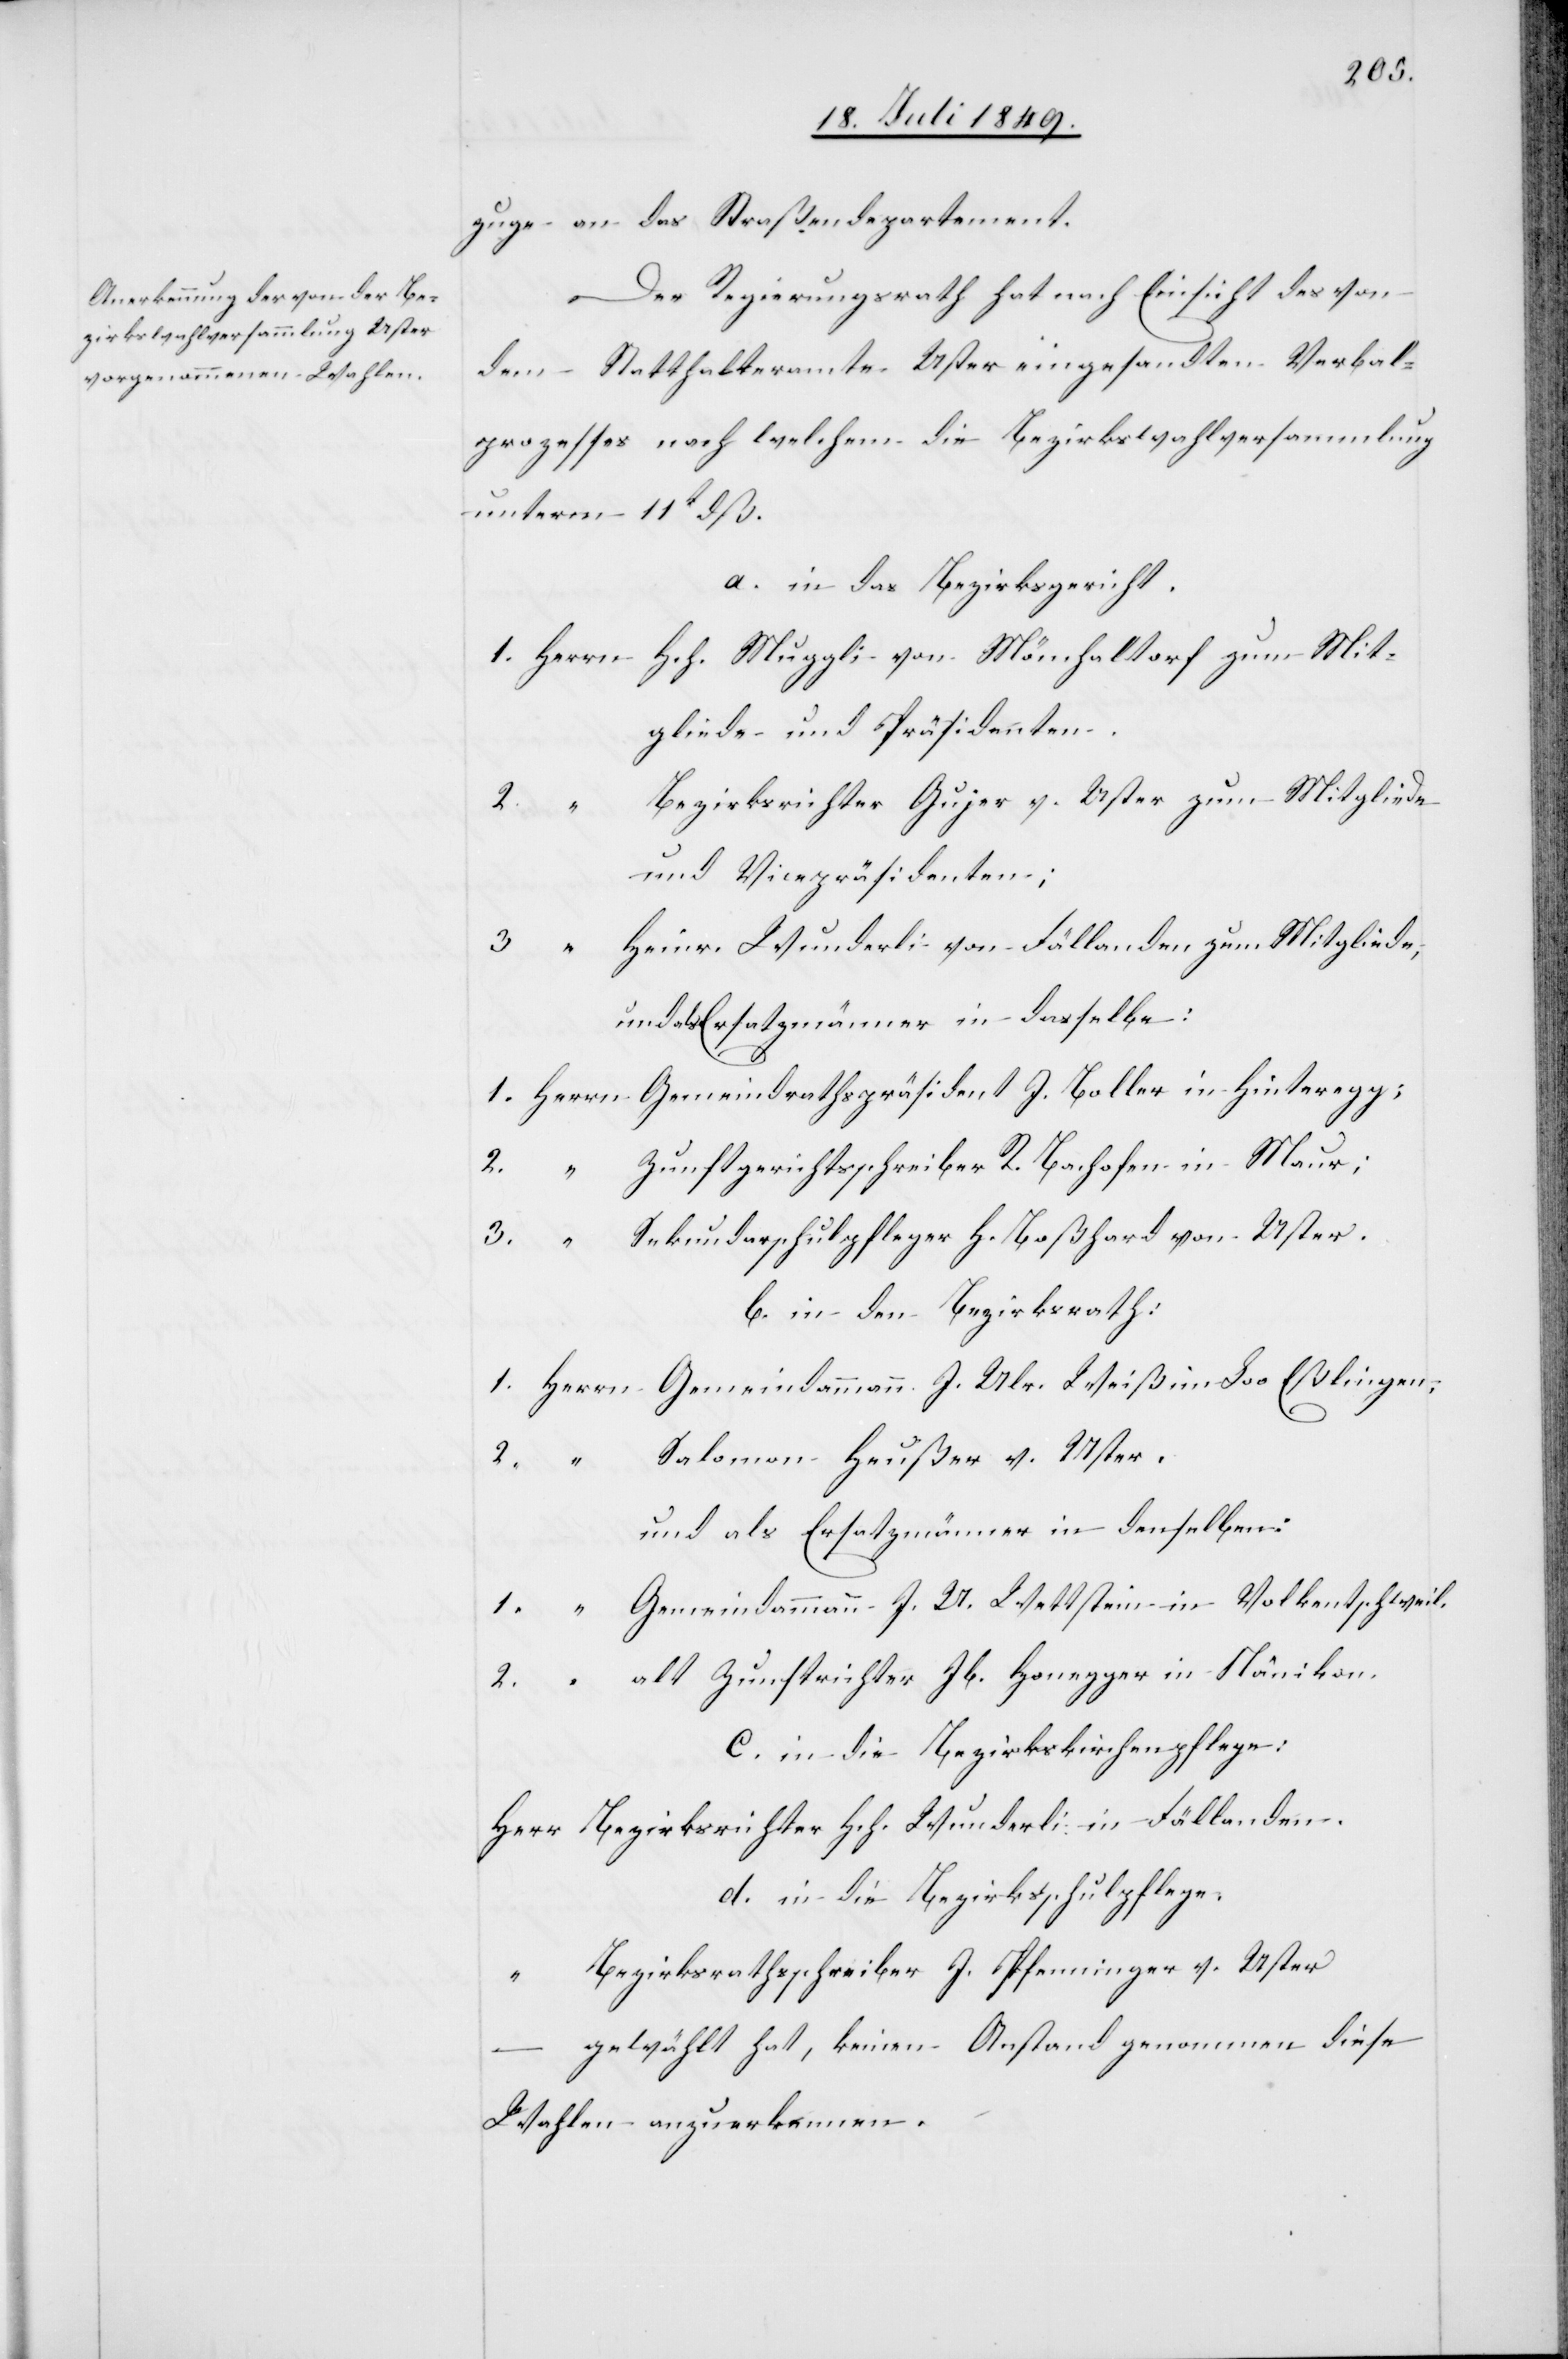
2.		“	S¬
zuge an das Straßendepartement.
Der Regierungsrath hat nach Einsicht des von
dem Statthalteramte Uster eingesandten Verbal¬
prozesses nach welchem die Bezirkswahlversammlung
unterm 11t dß.
a. in das Bezirksgericht.
1.	Herrn	Hch. Muggli von Mönchaltorf zum Mit¬
gliede und Präsidenten.
ezirksrichter Gujer v. Uster zum Mitgliede
und Vicepräsidenten;
3.		“	Heinr. Wunderli von Fällanden zum Mitgliede,
und als Ersatzmänner in dasselbe:
1. 	Herrn	Gemeindrathspräsident J. Boller in Hinteregg;
2.		“	Zunftgerichtsschreiber R. Bachofen in Maur;
ekundarschulpfleger H. Boßhard von Uster.
b. in den Bezirksrath.
1.	Herrn	Gemeindammann J. Ulr. Weiß im Loo Eßlingen;
alomon Heußer v. Uster.
und als Ersatzmänner in denselben:
1.		“	Gemeindammann J. U. Wettstein in Volkentschweil.
2.		“	alt Zunftrichter Jb. Honegger in Nänikon.
c. in die Bezirkskirchenpflege:
Herr Bezirksrichter Hch. Wunderli in Fällanden.
d. in die Bezirksschulpflege.
“	Bezirksrathschreiber J. Pfenninger v. Uster
gewählt hat, keinen Anstand genommen diese
Wahlen anzuerkennen.